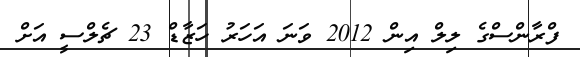
ފްރާންސްގެ ލިލް އިން 2012 ވަނަ އަހަރު ހަޒާޑް 23 ޗެލްސީ އަށް